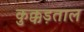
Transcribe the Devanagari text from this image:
कुक्कड़ताल